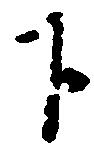
下